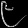
Digit: ၉